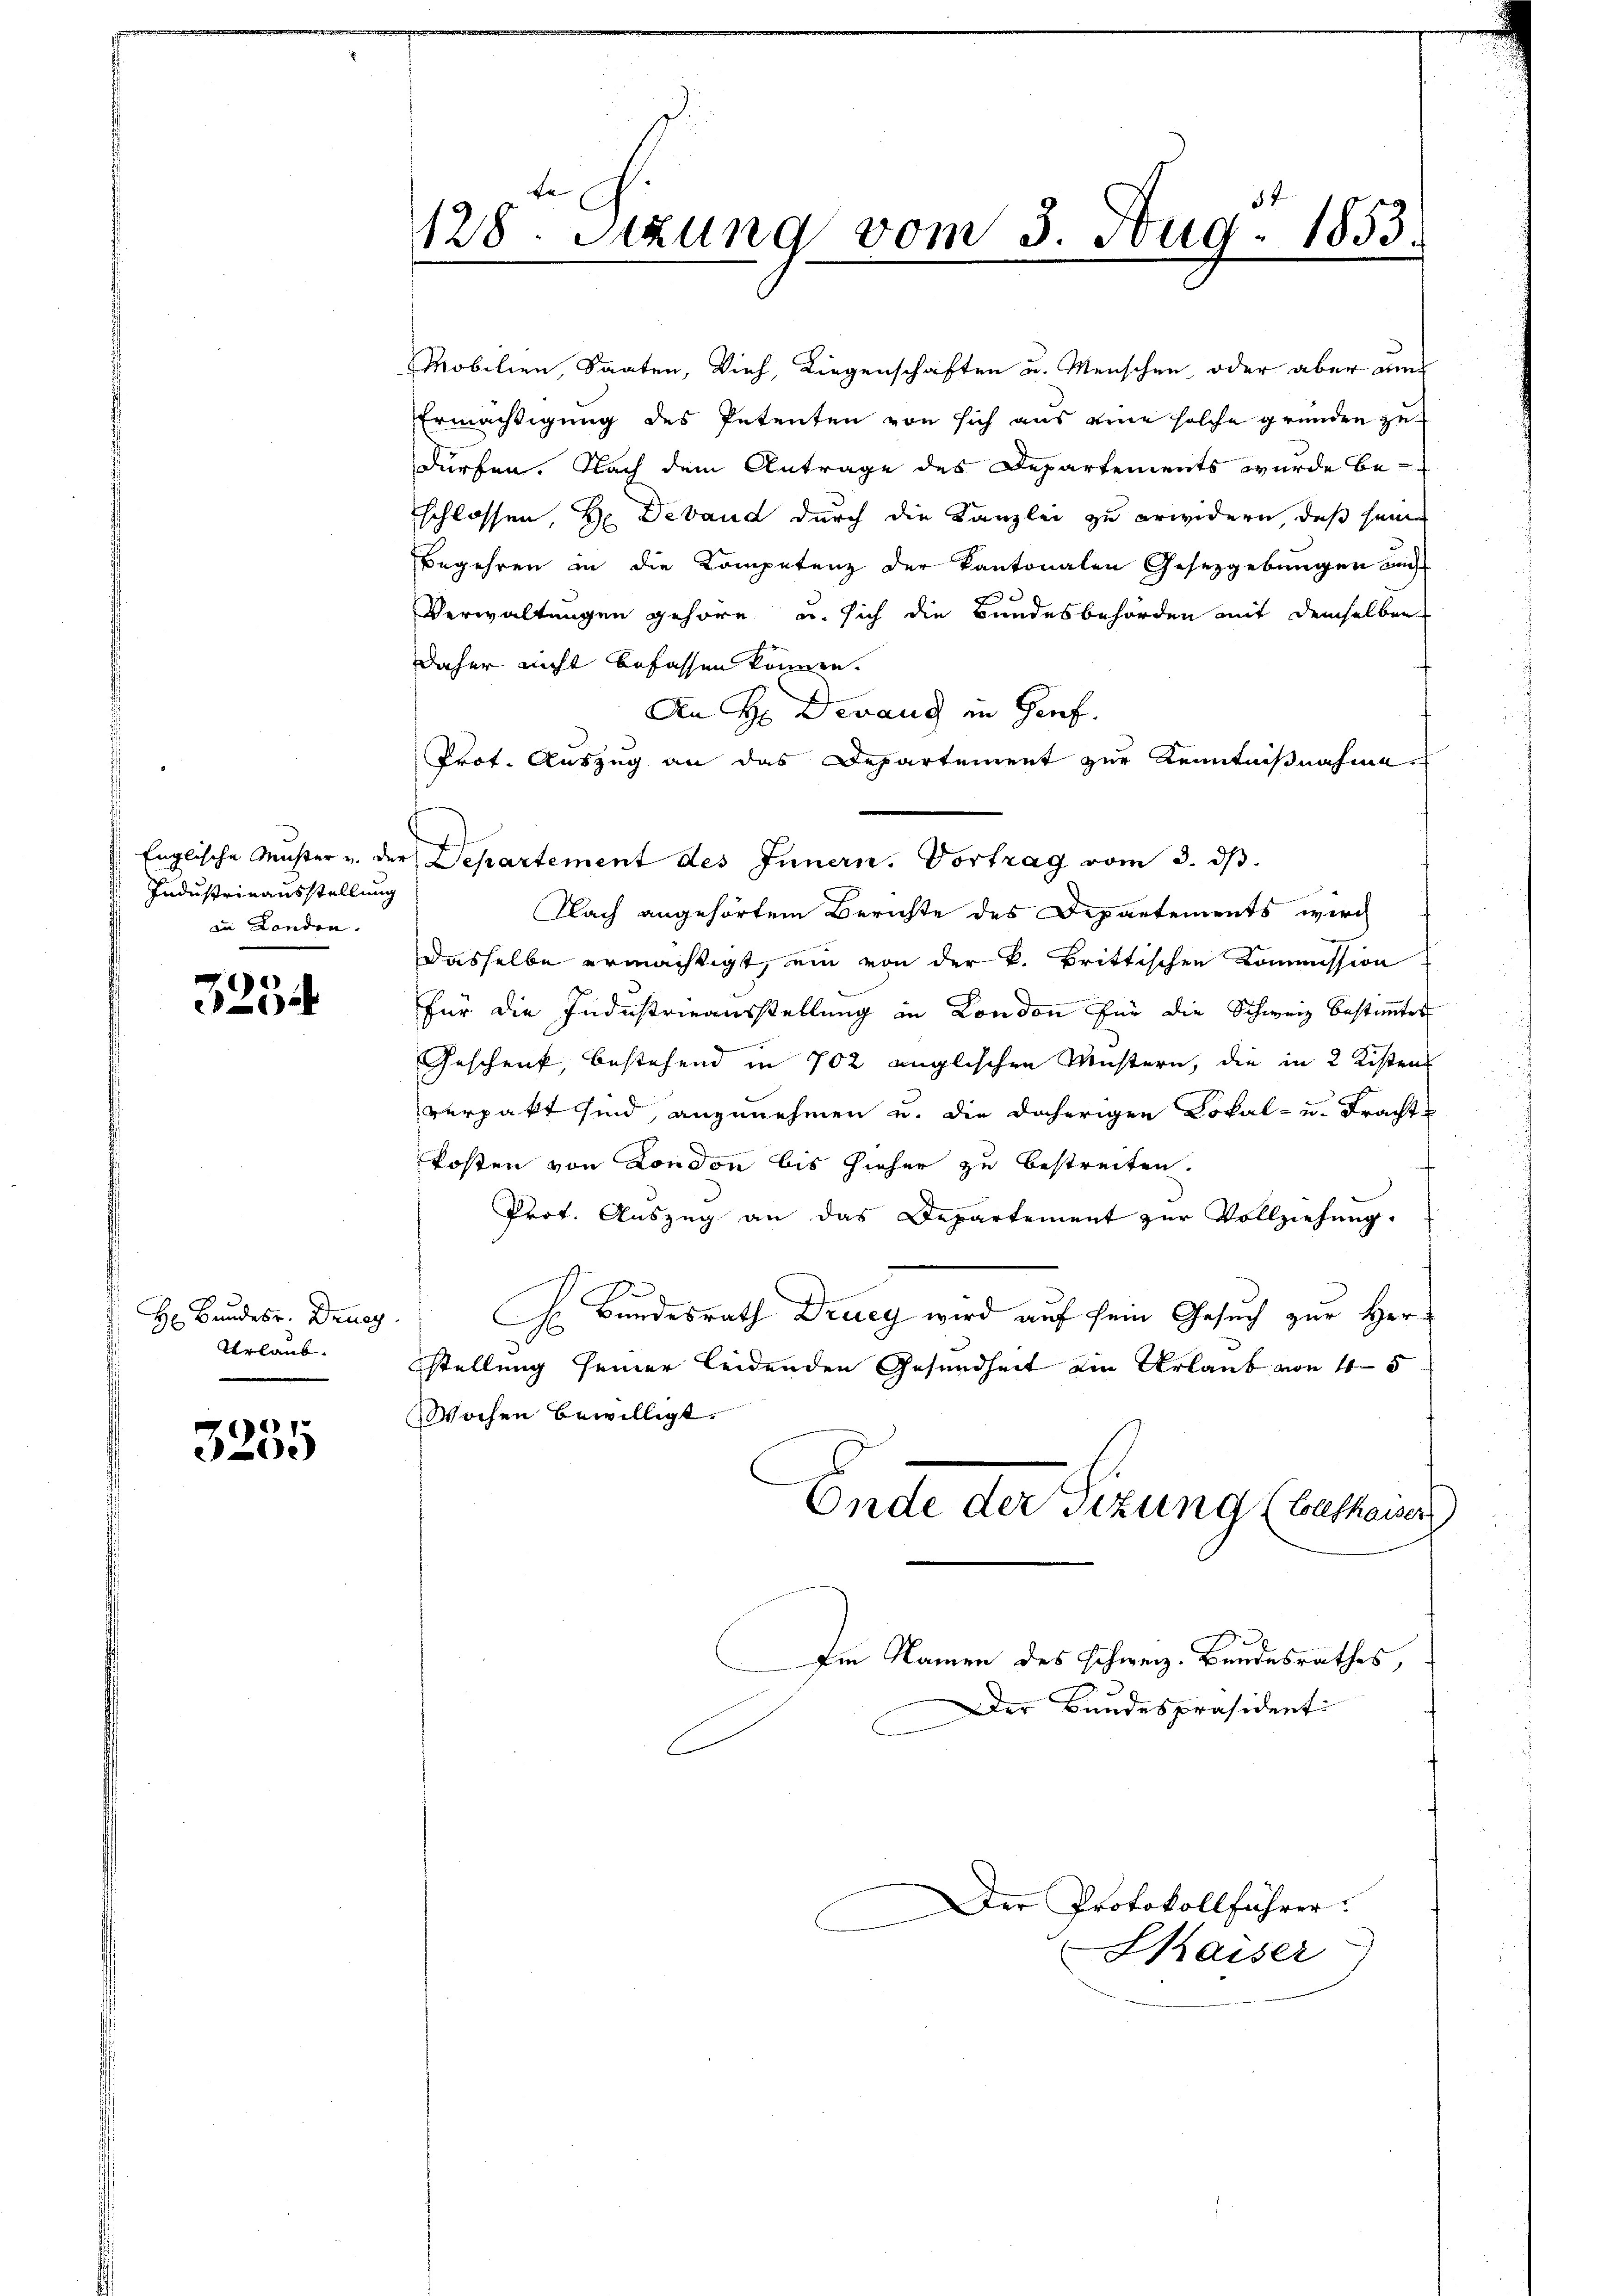
Industrinausstellung
in Landen.

)
)
2

H Bundesr. Druc
Urlaub.

3235

be
57
128. Sitzung vom 3. Aug. 1853.

Mobilien, Saaten, Vieh, Liegenschaften u. Menschen, oder aber am
Ermäßigung des Petenten von sich aus eine solche gründen zu-
dürfen. Nach dem Antrage des Departements wurde beschlossen, Hr. Deband durch die Kanzlei zu erwidern, daß seine
Begehren in die Kompetenz der Kantonalen Gesetzgebungen auch
Verwaltungen gehöre, u. sich die Bundesbehörden mit demselben
daher nicht befassen können.
An Hr. Derang in Genf.
Prof. Auszug an das Departement zur Kenntnißnahme
Englische Muster u. der Departement des Innern. Vortrag vom 3. dβ.
Nach angehörtem Berichte des Departements wirch
Dasselbe ermächtigt, ein von der k. Brittischen Kommission
für die Industrieausstellung in London für die Schweiz bestimmtes
Geschenk, bestehend in 702 englischen Mustern, die in 2 Kisten
verpakt sind, anzunehmen u. die daherigen Lokal- u. Frachte
kosten von London bis hieher zu bestreiten.
Prot. Auszug an das Departement zŭr Vollziehŭng.
H Bundesrath Druey wird auf sein Gesuch zur Herstellung seiner leidenden Gesundheit ein Urlaub von 45
Wochen bewilligt.
Ende der Tizung (bethaiser
Im Namen des schweiz. Bundesrathes,
Der Bundespräsidenti
C
Der Protokollführer:
Kaiser